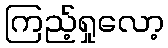
ကြည့်ရှုလော့